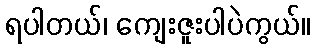
ရပါတယ်၊ ကျေးဇူးပါပဲကွယ်။